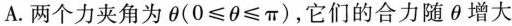
A.两个力夹角为θ(0≤θ≤π)，它们的合力随θ增大